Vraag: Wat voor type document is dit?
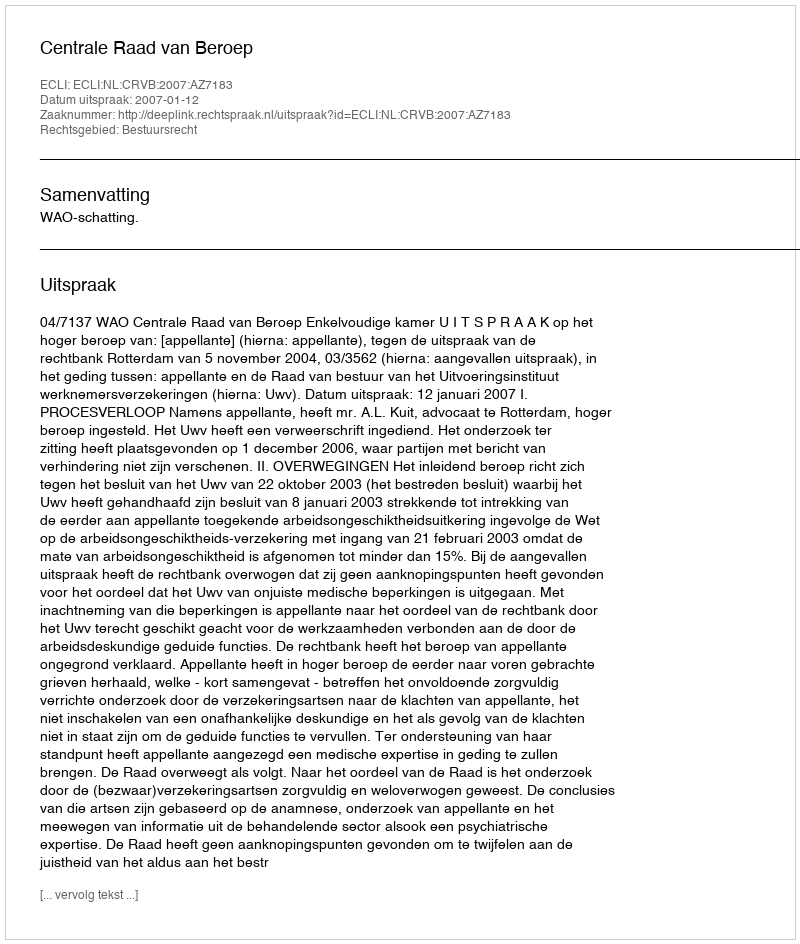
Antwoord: Uitspraak